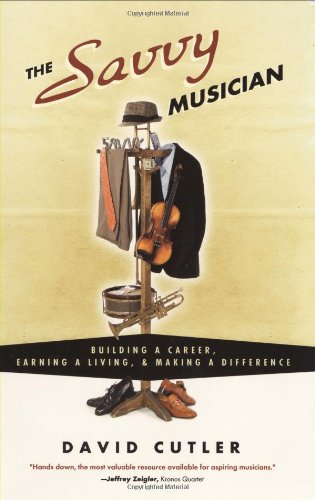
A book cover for The Savvy Musician:  Building a Career, Earning a Living & Making a Difference; David Cutler; Arts & Photography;